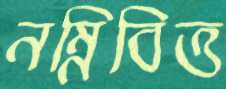
নম্নিবিত্ত